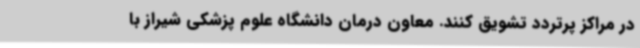
در مراکز پرتردد تشویق کنند. معاون درمان دانشگاه علوم پزشکی شیراز با